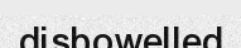
disbowelled